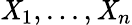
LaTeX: \mathit{X}_{1},...,\mathit{X}_{n}